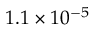
1 . 1 \times 1 0 ^ { - 5 }